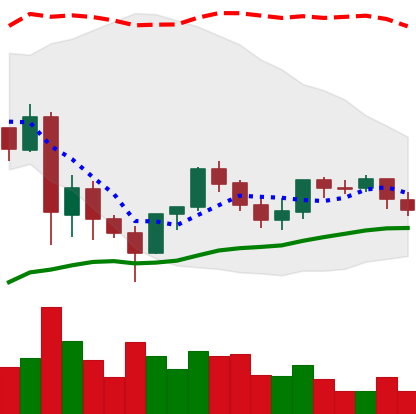
Ticker: LINK-USD
Chart end date: 2021-06-05
Forward return: -14.842%
Label: down_7plus